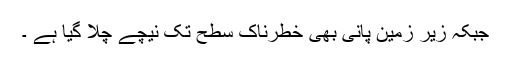
جبکہ زیر زمین پانی بھی خطرناک سطح تک نیچے چلا گیا ہے ۔